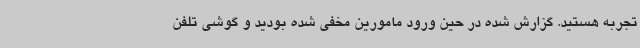
تجربه هستید. گزارش شده در حین ورود مامورین مخفی شده بودید و گوشی تلفن